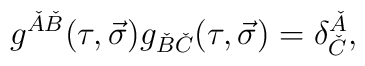
g^{\check{A}\check{B}}(\tau,\vec{\sigma})g_{\check{B}\check{C}}(\tau,\vec{\sigma})=\delta^{\check{A}}_{\check{C}},